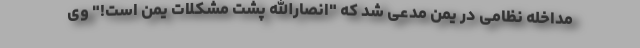
مداخله نظامی در یمن مدعی شد که "انصارالله پشت مشکلات یمن است!" وی